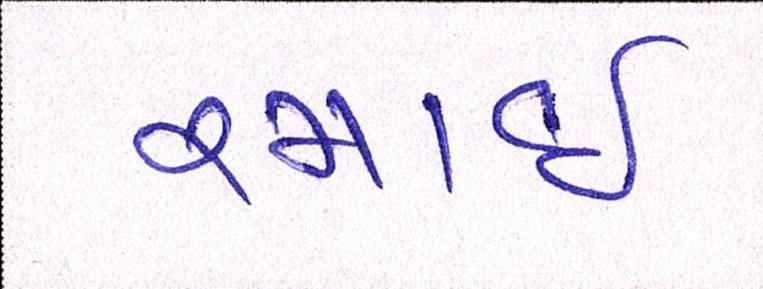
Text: રમાઈ